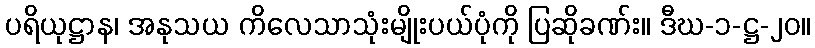
ပရိယုဋ္ဌာန၊ အနုသယ ကိလေသာသုံးမျိုးပယ်ပုံကို ပြဆိုခဏ်း။ ဒီဃ-၁-ဋ္ဌ-၂၀။